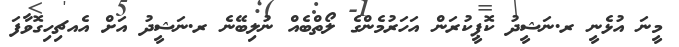
މީނަ އުޅެނީ ރ.ނަޝީދު ކޮޕީކުރަން އަހަރުމެންގެ ލޯތްބެއް ނުލިބޭނެ ރ.ނަޝީދު އަށް އެއޗިހިގޮވާފަ